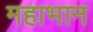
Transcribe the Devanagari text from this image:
महाभान